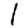
Digit: 1